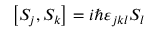
\left[ S _ { j } , S _ { k } \right] = i \hbar \varepsilon _ { j k l } S _ { l }